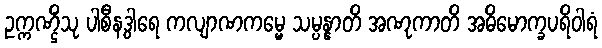
ဥက္ကဏ္ဌိံသု ပါစီနဒွါရေ ကလျာဏကမ္မေ သမ္ပန္နာတိ အဏုကာတိ အဓိမောက္ခပရိဝါရံ